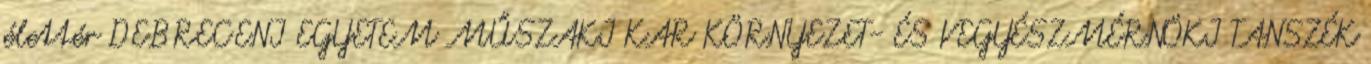
élettér DEBRECENI EGYETEM MŰSZAKI KAR KÖRNYEZET- ÉS VEGYÉSZMÉRNÖKI TANSZÉK